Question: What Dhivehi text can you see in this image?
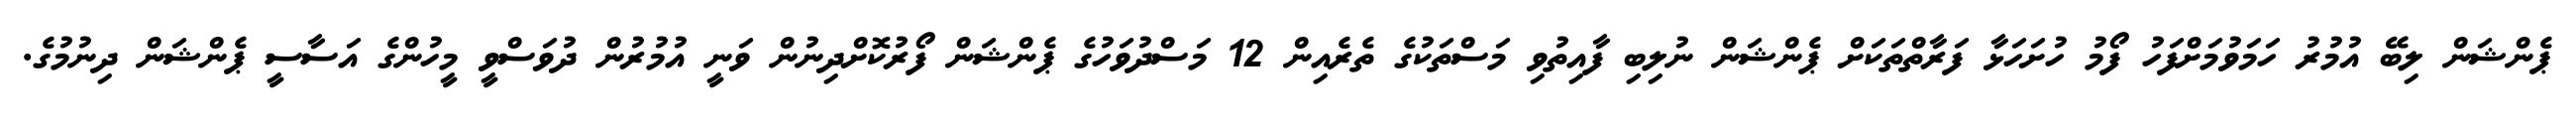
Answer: ޕެންޝަން ލިބޭ އުމުރު ހަމަވުމަށްފަހު ފޯމު ހުށަހަޅާ ފަރާތްތަކަށް ޕެންޝަން ނުލިބި ފާއިތުވި މަސްތަކުގެ ތެރެއިން 12 މަސްދުވަހުގެ ޕެންޝަން ފޯރުކޮށްދިނުން ވަނީ އުމުރުން ދުވަސްވީ މީހުންގެ އަސާސީ ޕެންޝަން ދިނުމުގެ.